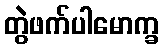
တွဲဖက်ပါမောက္ခ